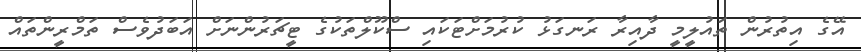
އޭގެ އިތުރުން ތައުލީމީ ދާއިރާ ރަނގަޅު ކުރުމަށްޓަކައި ސްކޫލްތަކުގެ ޓީޗަރުންނަށް އަބަދުވެސް ތަމްރީންތައް